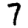
Digit: 7